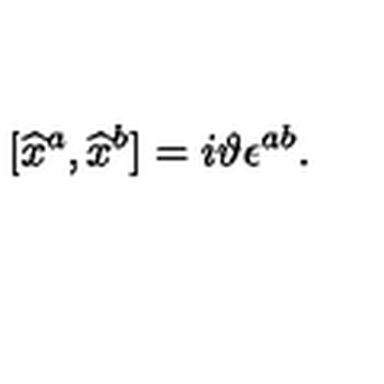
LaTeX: \lbrack \widehat { x } ^ { a } , \widehat { x } ^ { b } ] = i \vartheta \epsilon ^ { a b } .